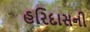
હરિદાસની